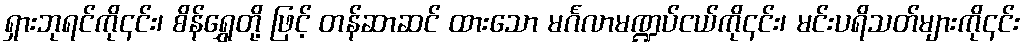
ရှားဘုရင်ကို၎င်း၊ စိန်ရွှေတို့ ဖြင့် တန်ဆာဆင် ထားသော မင်္ဂလာမဏ္ဍပ်ငယ်ကို၎င်း၊ မင်းပရိသတ်များကို၎င်း